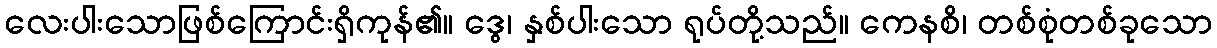
လေးပါးသောဖြစ်ကြောင်းရှိကုန်၏။ ဒွေ၊ နှစ်ပါးသော ရုပ်တို့သည်။ ကေနစိ၊ တစ်စုံတစ်ခုသော